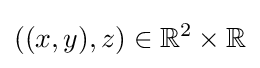
((x,y),z)\in \mathbb {R} ^{2}\times \mathbb {R}